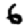
Digit: 6